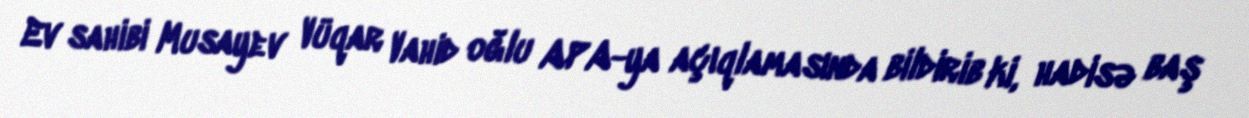
Ev sahibi Musayev Vüqar Vahid oğlu APA-ya açıqlamasında bildirib ki, hadisə baş